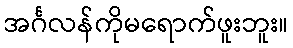
အင်္ဂလန်ကိုမရောက်ဖူးဘူး။